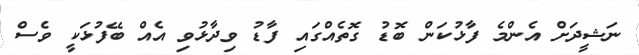
ނަޝީދަށް އެންމެ ފާޅުކަން ބޮޑު ގޮތެއްގައި ފާޑު ވިދާޅުވި އެއް ބޭފުޅަކީ ވެސް